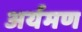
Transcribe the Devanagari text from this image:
अर्यमण